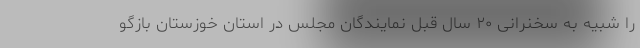
را شبیه به سخنرانی ۲۰ سال قبل نمایندگان مجلس در استان خوزستان بازگو